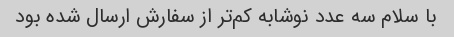
با سلام سه عدد نوشابه کم‌تر از سفارش ارسال شده بود